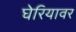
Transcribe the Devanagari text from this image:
घेरियावर